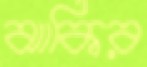
ঝাকির